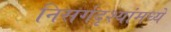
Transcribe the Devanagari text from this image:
निसर्गदृश्यांमध्ये